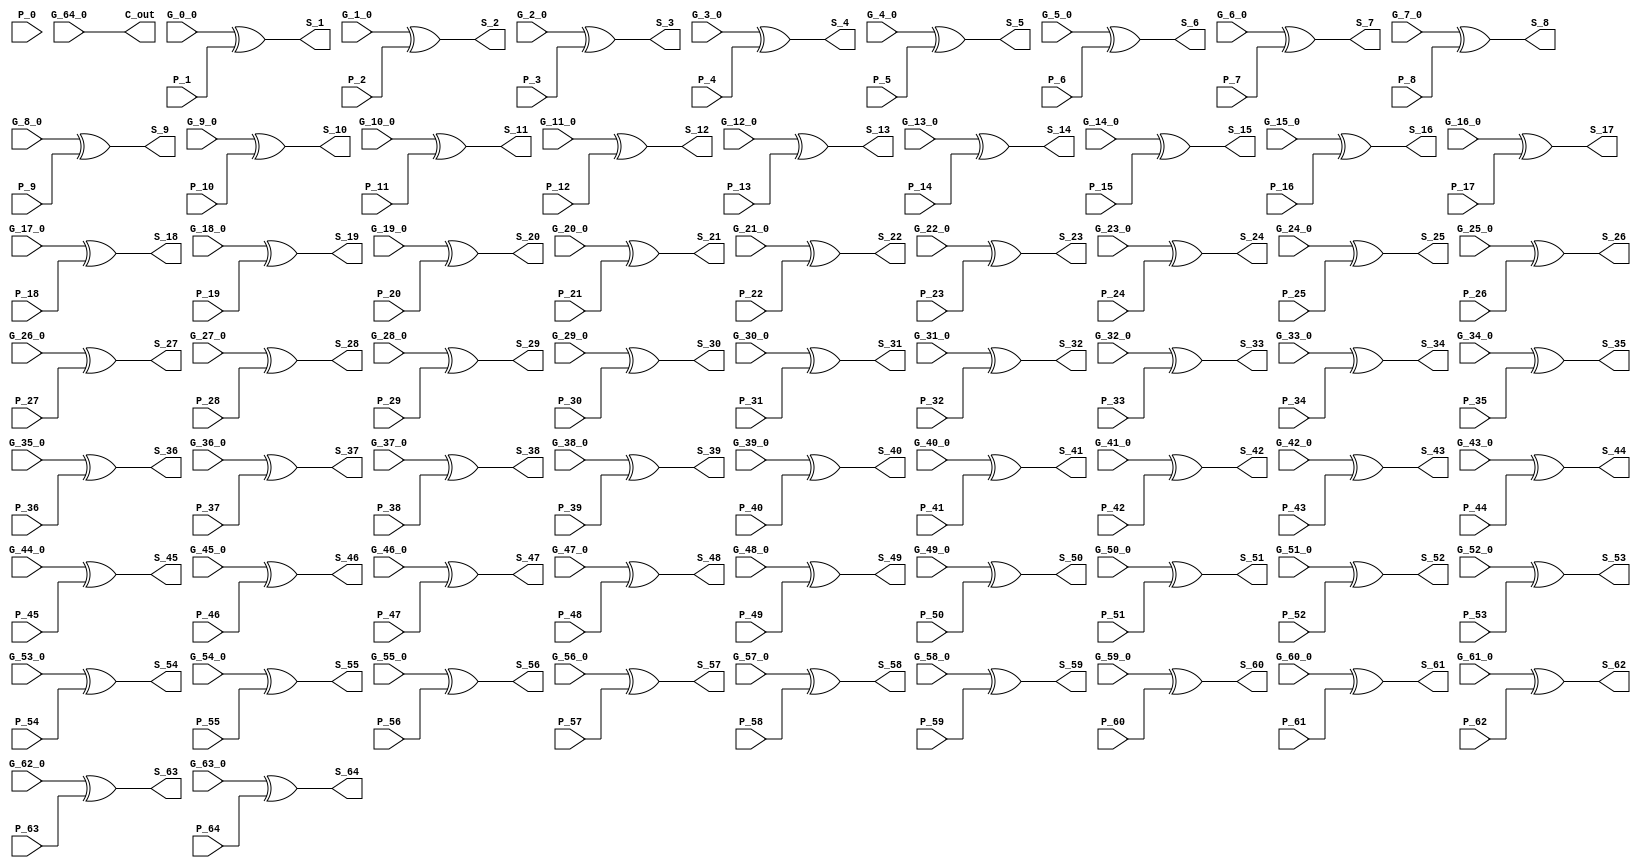
module SumLogic ( P_0,G_0_0,P_1,G_1_0,P_2,G_2_0,P_3,G_3_0,P_4,G_4_0,P_5,G_5_0,P_6,G_6_0,P_7,G_7_0,P_8,G_8_0,P_9,G_9_0,P_10,G_10_0,P_11,G_11_0,P_12,G_12_0,P_13,G_13_0,P_14,G_14_0,P_15,G_15_0,P_16,G_16_0,P_17,G_17_0,P_18,G_18_0,P_19,G_19_0,P_20,G_20_0,P_21,G_21_0,P_22,G_22_0,P_23,G_23_0,P_24,G_24_0,P_25,G_25_0,P_26,G_26_0,P_27,G_27_0,P_28,G_28_0,P_29,G_29_0,P_30,G_30_0,P_31,G_31_0,P_32,G_32_0,P_33,G_33_0,P_34,G_34_0,P_35,G_35_0,P_36,G_36_0,P_37,G_37_0,P_38,G_38_0,P_39,G_39_0,P_40,G_40_0,P_41,G_41_0,P_42,G_42_0,P_43,G_43_0,P_44,G_44_0,P_45,G_45_0,P_46,G_46_0,P_47,G_47_0,P_48,G_48_0,P_49,G_49_0,P_50,G_50_0,P_51,G_51_0,P_52,G_52_0,P_53,G_53_0,P_54,G_54_0,P_55,G_55_0,P_56,G_56_0,P_57,G_57_0,P_58,G_58_0,P_59,G_59_0,P_60,G_60_0,P_61,G_61_0,P_62,G_62_0,P_63,G_63_0,P_64,G_64_0,S_1,S_2,S_3,S_4,S_5,S_6,S_7,S_8,S_9,S_10,S_11,S_12,S_13,S_14,S_15,S_16,S_17,S_18,S_19,S_20,S_21,S_22,S_23,S_24,S_25,S_26,S_27,S_28,S_29,S_30,S_31,S_32,S_33,S_34,S_35,S_36,S_37,S_38,S_39,S_40,S_41,S_42,S_43,S_44,S_45,S_46,S_47,S_48,S_49,S_50,S_51,S_52,S_53,S_54,S_55,S_56,S_57,S_58,S_59,S_60,S_61,S_62,S_63,S_64,C_out );
input P_0;
input G_0_0;
input P_1;
input G_1_0;
input P_2;
input G_2_0;
input P_3;
input G_3_0;
input P_4;
input G_4_0;
input P_5;
input G_5_0;
input P_6;
input G_6_0;
input P_7;
input G_7_0;
input P_8;
input G_8_0;
input P_9;
input G_9_0;
input P_10;
input G_10_0;
input P_11;
input G_11_0;
input P_12;
input G_12_0;
input P_13;
input G_13_0;
input P_14;
input G_14_0;
input P_15;
input G_15_0;
input P_16;
input G_16_0;
input P_17;
input G_17_0;
input P_18;
input G_18_0;
input P_19;
input G_19_0;
input P_20;
input G_20_0;
input P_21;
input G_21_0;
input P_22;
input G_22_0;
input P_23;
input G_23_0;
input P_24;
input G_24_0;
input P_25;
input G_25_0;
input P_26;
input G_26_0;
input P_27;
input G_27_0;
input P_28;
input G_28_0;
input P_29;
input G_29_0;
input P_30;
input G_30_0;
input P_31;
input G_31_0;
input P_32;
input G_32_0;
input P_33;
input G_33_0;
input P_34;
input G_34_0;
input P_35;
input G_35_0;
input P_36;
input G_36_0;
input P_37;
input G_37_0;
input P_38;
input G_38_0;
input P_39;
input G_39_0;
input P_40;
input G_40_0;
input P_41;
input G_41_0;
input P_42;
input G_42_0;
input P_43;
input G_43_0;
input P_44;
input G_44_0;
input P_45;
input G_45_0;
input P_46;
input G_46_0;
input P_47;
input G_47_0;
input P_48;
input G_48_0;
input P_49;
input G_49_0;
input P_50;
input G_50_0;
input P_51;
input G_51_0;
input P_52;
input G_52_0;
input P_53;
input G_53_0;
input P_54;
input G_54_0;
input P_55;
input G_55_0;
input P_56;
input G_56_0;
input P_57;
input G_57_0;
input P_58;
input G_58_0;
input P_59;
input G_59_0;
input P_60;
input G_60_0;
input P_61;
input G_61_0;
input P_62;
input G_62_0;
input P_63;
input G_63_0;
input P_64;
input G_64_0;
output S_1;
output S_2;
output S_3;
output S_4;
output S_5;
output S_6;
output S_7;
output S_8;
output S_9;
output S_10;
output S_11;
output S_12;
output S_13;
output S_14;
output S_15;
output S_16;
output S_17;
output S_18;
output S_19;
output S_20;
output S_21;
output S_22;
output S_23;
output S_24;
output S_25;
output S_26;
output S_27;
output S_28;
output S_29;
output S_30;
output S_31;
output S_32;
output S_33;
output S_34;
output S_35;
output S_36;
output S_37;
output S_38;
output S_39;
output S_40;
output S_41;
output S_42;
output S_43;
output S_44;
output S_45;
output S_46;
output S_47;
output S_48;
output S_49;
output S_50;
output S_51;
output S_52;
output S_53;
output S_54;
output S_55;
output S_56;
output S_57;
output S_58;
output S_59;
output S_60;
output S_61;
output S_62;
output S_63;
output S_64;
output C_out;
// Bit 1
assign S_1 = G_0_0 ^ P_1 ;
// Bit 2
assign S_2 = G_1_0 ^ P_2 ;
// Bit 3
assign S_3 = G_2_0 ^ P_3 ;
// Bit 4
assign S_4 = G_3_0 ^ P_4 ;
// Bit 5
assign S_5 = G_4_0 ^ P_5 ;
// Bit 6
assign S_6 = G_5_0 ^ P_6 ;
// Bit 7
assign S_7 = G_6_0 ^ P_7 ;
// Bit 8
assign S_8 = G_7_0 ^ P_8 ;
// Bit 9
assign S_9 = G_8_0 ^ P_9 ;
// Bit 10
assign S_10 = G_9_0 ^ P_10 ;
// Bit 11
assign S_11 = G_10_0 ^ P_11 ;
// Bit 12
assign S_12 = G_11_0 ^ P_12 ;
// Bit 13
assign S_13 = G_12_0 ^ P_13 ;
// Bit 14
assign S_14 = G_13_0 ^ P_14 ;
// Bit 15
assign S_15 = G_14_0 ^ P_15 ;
// Bit 16
assign S_16 = G_15_0 ^ P_16 ;
// Bit 17
assign S_17 = G_16_0 ^ P_17 ;
// Bit 18
assign S_18 = G_17_0 ^ P_18 ;
// Bit 19
assign S_19 = G_18_0 ^ P_19 ;
// Bit 20
assign S_20 = G_19_0 ^ P_20 ;
// Bit 21
assign S_21 = G_20_0 ^ P_21 ;
// Bit 22
assign S_22 = G_21_0 ^ P_22 ;
// Bit 23
assign S_23 = G_22_0 ^ P_23 ;
// Bit 24
assign S_24 = G_23_0 ^ P_24 ;
// Bit 25
assign S_25 = G_24_0 ^ P_25 ;
// Bit 26
assign S_26 = G_25_0 ^ P_26 ;
// Bit 27
assign S_27 = G_26_0 ^ P_27 ;
// Bit 28
assign S_28 = G_27_0 ^ P_28 ;
// Bit 29
assign S_29 = G_28_0 ^ P_29 ;
// Bit 30
assign S_30 = G_29_0 ^ P_30 ;
// Bit 31
assign S_31 = G_30_0 ^ P_31 ;
// Bit 32
assign S_32 = G_31_0 ^ P_32 ;
// Bit 33
assign S_33 = G_32_0 ^ P_33 ;
// Bit 34
assign S_34 = G_33_0 ^ P_34 ;
// Bit 35
assign S_35 = G_34_0 ^ P_35 ;
// Bit 36
assign S_36 = G_35_0 ^ P_36 ;
// Bit 37
assign S_37 = G_36_0 ^ P_37 ;
// Bit 38
assign S_38 = G_37_0 ^ P_38 ;
// Bit 39
assign S_39 = G_38_0 ^ P_39 ;
// Bit 40
assign S_40 = G_39_0 ^ P_40 ;
// Bit 41
assign S_41 = G_40_0 ^ P_41 ;
// Bit 42
assign S_42 = G_41_0 ^ P_42 ;
// Bit 43
assign S_43 = G_42_0 ^ P_43 ;
// Bit 44
assign S_44 = G_43_0 ^ P_44 ;
// Bit 45
assign S_45 = G_44_0 ^ P_45 ;
// Bit 46
assign S_46 = G_45_0 ^ P_46 ;
// Bit 47
assign S_47 = G_46_0 ^ P_47 ;
// Bit 48
assign S_48 = G_47_0 ^ P_48 ;
// Bit 49
assign S_49 = G_48_0 ^ P_49 ;
// Bit 50
assign S_50 = G_49_0 ^ P_50 ;
// Bit 51
assign S_51 = G_50_0 ^ P_51 ;
// Bit 52
assign S_52 = G_51_0 ^ P_52 ;
// Bit 53
assign S_53 = G_52_0 ^ P_53 ;
// Bit 54
assign S_54 = G_53_0 ^ P_54 ;
// Bit 55
assign S_55 = G_54_0 ^ P_55 ;
// Bit 56
assign S_56 = G_55_0 ^ P_56 ;
// Bit 57
assign S_57 = G_56_0 ^ P_57 ;
// Bit 58
assign S_58 = G_57_0 ^ P_58 ;
// Bit 59
assign S_59 = G_58_0 ^ P_59 ;
// Bit 60
assign S_60 = G_59_0 ^ P_60 ;
// Bit 61
assign S_61 = G_60_0 ^ P_61 ;
// Bit 62
assign S_62 = G_61_0 ^ P_62 ;
// Bit 63
assign S_63 = G_62_0 ^ P_63 ;
// Bit 64
assign S_64 = G_63_0 ^ P_64 ;
// Carry Out
assign C_out = G_64_0 ;
endmodule